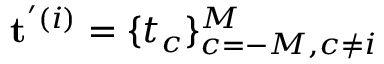
\mathbf { t } ^ { ' ( i ) } = \{ t _ { c } \} _ { c = - M , c \neq i } ^ { M }